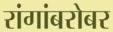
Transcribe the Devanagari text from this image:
रांगांबरोबर